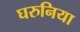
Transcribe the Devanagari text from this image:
घरुनिया